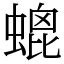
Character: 螕